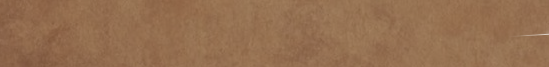
توصيل طلبات الطعام من مطا